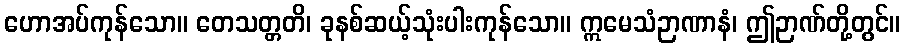
ဟောအပ်ကုန်သော။ တေသတ္တတိ၊ ခုနစ်ဆယ့်သုံးပါးကုန်သော။ ဣမေသံဉာဏာနံ၊ ဤဉာဏ်တို့တွင်။